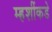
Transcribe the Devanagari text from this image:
म्हशींकडे